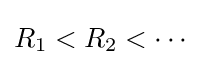
R_{1}<R_{2}<\cdots